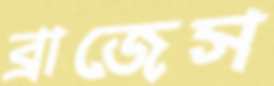
ব্রাজেস